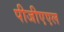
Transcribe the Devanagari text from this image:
पीजीएएल